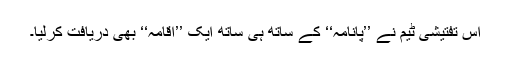
اس تفتیشی ٹیم نے ’’پانامہ‘‘ کے ساتھ ہی ساتھ ایک ’’اقامہ‘‘ بھی دریافت کرلیا۔